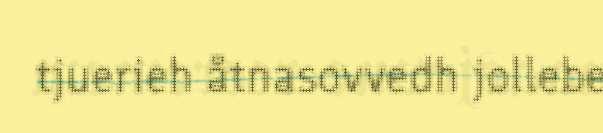
tjuerieh åtnasovvedh jollebe